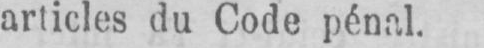
articles du Code pénal.